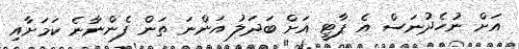
އަށް ނުހެދުނަސް އެ ޕާޓީ އަށް ބަދަލު އަންނަ ތަން ފެންނާނެ ކަމަށާއި